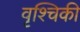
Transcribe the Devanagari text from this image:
वृश्चिकी